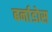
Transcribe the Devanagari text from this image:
बर्नाडोस